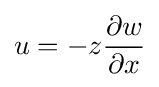
u=-z{\frac {\partial w}{\partial x}}